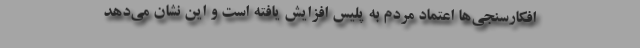
افکارسنجی‌ها اعتماد مردم به پلیس افزایش یافته است و این نشان می‌دهد